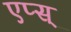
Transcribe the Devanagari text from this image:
एप्स्